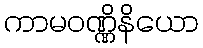
ကာမဝဏ္ဏိနိယော